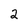
Character: 2